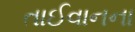
તાઈવાનના